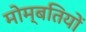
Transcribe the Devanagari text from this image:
मोम्बतियों